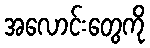
အလောင်းတွေကို